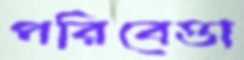
পরিবেত্তা